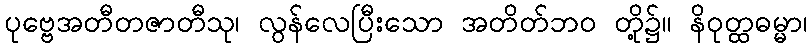
ပုဗ္ဗေအတီတဇာတီသု၊ လွန်လေပြီးသော အတိတ်ဘဝ တို့၌။ နိဝုတ္ထဓမ္မာ၊